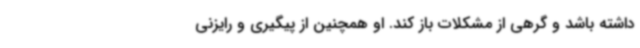
داشته باشد و گرهی از مشکلات باز کند. او همچنین از پیگیری و رایزنی